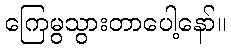
ကြေမွသွားတာပေါ့နော်။